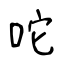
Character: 咜